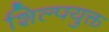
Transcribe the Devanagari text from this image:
शिल्पयुक्त